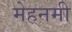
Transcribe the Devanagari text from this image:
मेहनमी